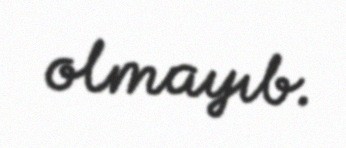
olmayıb.